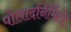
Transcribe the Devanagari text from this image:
पोलादनिर्मिती